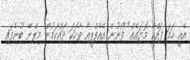
އެއީ ހަމަ ފައްކާ މޮޔައެއް" ފޯނުން އޭއެފްޕީއާ ވާހަކަ ދައްކަމުން މިލްނޭ ބުނެފައި